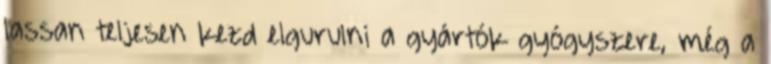
lassan teljesen kezd elgurulni a gyártók gyógyszere, még a